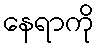
နေရာကို